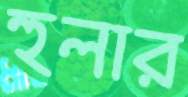
হুলার